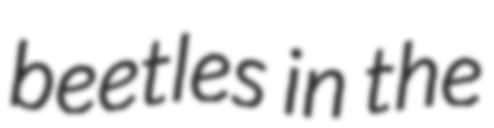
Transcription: beetles in the